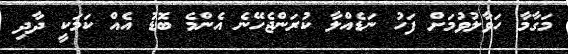
މަގާމާ ހަވާލުވުމަށް ފަހު ނަޑެއްލާ ކުރަންޖެހޭނެ އެންމެ ބޮޑު އެއް ކަމަކީ ދާދި